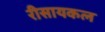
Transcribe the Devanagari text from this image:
रीसायकल